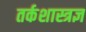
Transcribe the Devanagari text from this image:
तर्कशास्त्रज्ञ